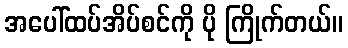
အပေါ်ထပ်အိပ်စင်ကို ပို ကြိုက်တယ်။